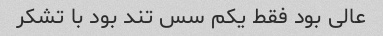
عالی بود فقط یکم سس تند بود با تشکر